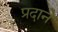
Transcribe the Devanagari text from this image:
प्रदाने